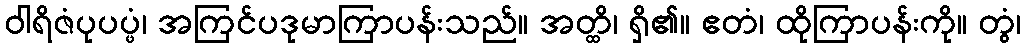
ဝါရိဇံပုပပ္ဖံ၊ အကြင်ပဒုမာကြာပန်းသည်။ အတ္ထိ၊ ရှိ၏။ ဧတံ၊ ထိုကြာပန်းကို။ တွံ၊